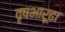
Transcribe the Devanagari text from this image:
वृषभारूढा